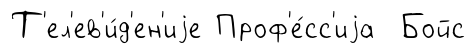
Т'ел'ев'и́д'ен'иjе Проф'е́сс'иjа Бойс